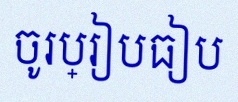
ចូរប្រៀបធៀប